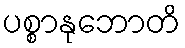
ပစ္စာနုဘောတိ